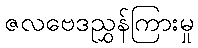
ဇလဗေဒညွှန်ကြားမှု